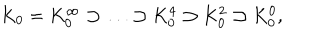
K _ { 0 } = K _ { 0 } ^ { \infty } \supset \ldots \supset K _ { 0 } ^ { 4 } \supset K _ { 0 } ^ { 2 } \supset K _ { 0 } ^ { 0 } ,